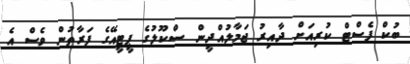
ބުކް ފެސްޓް ކުރިއަށް ދާއިރު ޖަމާލުއްދީން ސްކޫލުގެ ޕީޓީއޭގެ ފަރާތުން ވެސް އެ